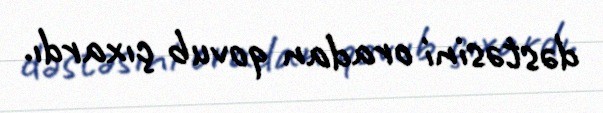
dəstəsini oradan qovub çıxardı.